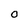
Character: 0